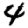
Digit: 4